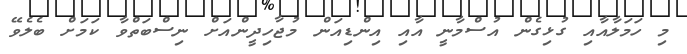
މި ހަމަލާއާއި ގުޅިގެން އުސްމާނީ އާއި އިންޑިއަން މުޖާހިދީންއަށް ނިސްބަތްވާ ކަމަށް ބެލެވޭ